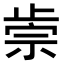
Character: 𣦅